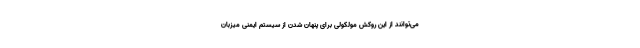
می‌توانند از این روکش مولکولی برای پنهان شدن از سیستم ایمنی میزبان